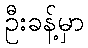
ဦးခန့်မှာ